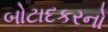
બોટાદકરનો